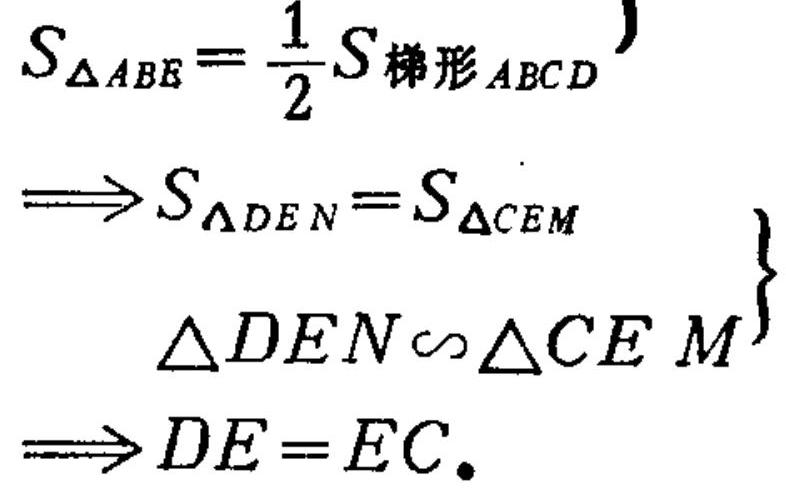
$\left.\begin{array}{l}
S_{\triangle ABE}=\frac{1}{2}S_{梯形ABCD}\\
\Rightarrow S_{\triangle DEN}=S_{\triangle CEM}\\
\ \ \ \ \ \ \ \ \ \ \triangle DEN\sim\triangle CEM
\end{array}\right\}
\Rightarrow DE = EC.$